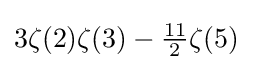
3\zeta (2)\zeta (3)-{\tfrac {11}{2}}\zeta (5)